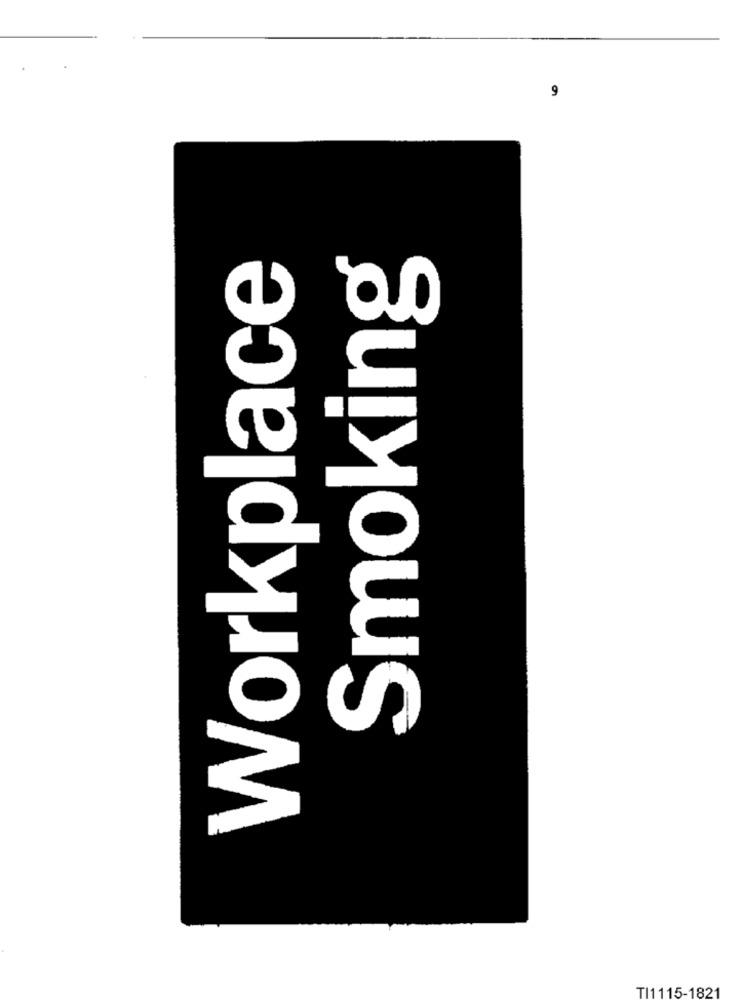
9
Smoking
Workplace
TI1115-1821